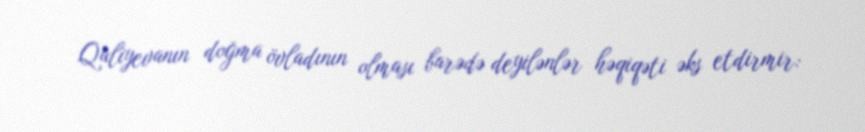
Quliyevanın doğma övladının olması barədə deyilənlər həqiqəti əks etdirmir: